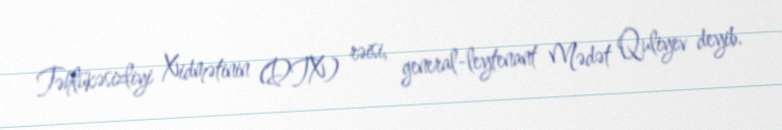
Təhlükəsizliyi Xidmətinin (DTX) rəisi, general-leytenant Mədət Quliyev deyib.